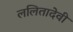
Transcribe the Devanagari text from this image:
ललितादेवी